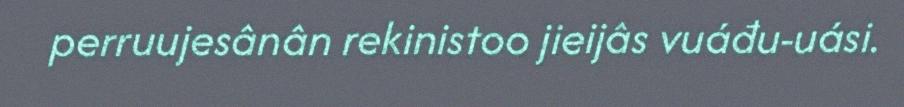
perruujesânân rekinistoo jieijâs vuáđu-uási.